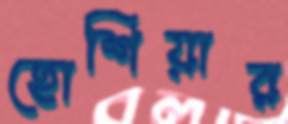
হোশিয়ার